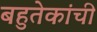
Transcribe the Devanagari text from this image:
बहुतेकांची